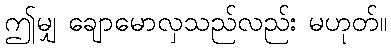
ဤမျှ ချောမောလှသည်လည်း မဟုတ်။